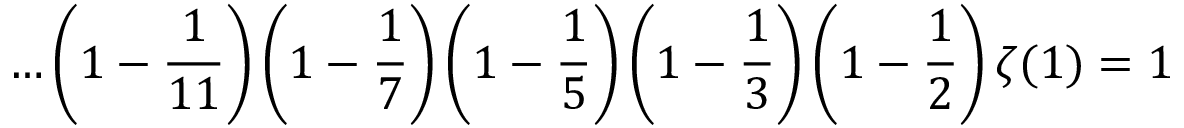
\ldots \left( 1 - { \frac { 1 } { 1 1 } } \right) \left( 1 - { \frac { 1 } { 7 } } \right) \left( 1 - { \frac { 1 } { 5 } } \right) \left( 1 - { \frac { 1 } { 3 } } \right) \left( 1 - { \frac { 1 } { 2 } } \right) \zeta ( 1 ) = 1